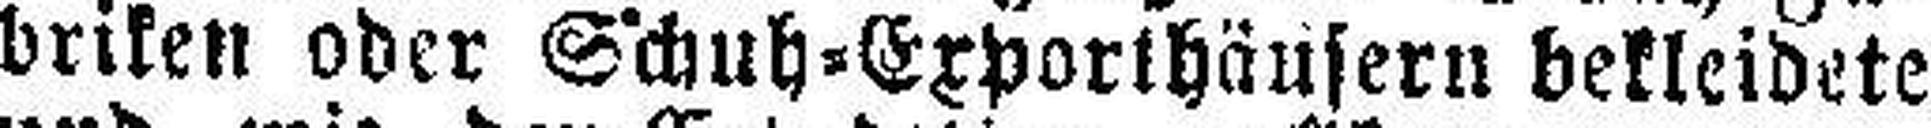
briken oder Schuh=Exporthäusern bekleidete